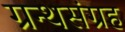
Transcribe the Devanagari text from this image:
ग्रन्थसंग्रह